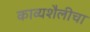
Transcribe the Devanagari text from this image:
काव्यशैलीचा